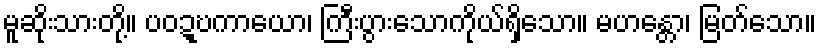
မူဆိုးသားတို့။ ပဝဍ္ဎကာယော၊ ကြီးပွားသောကိုယ်ရှိသော။ မဟန္တော၊ မြတ်သော။